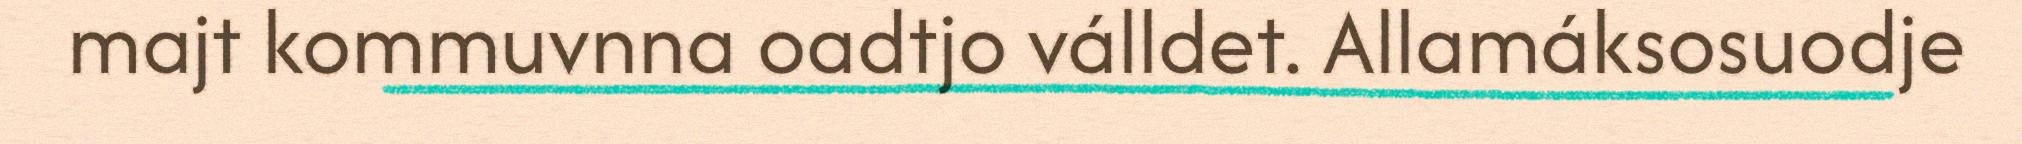
majt kommuvnna oadtjo válldet. Allamáksosuodje